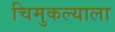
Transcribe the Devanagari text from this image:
चिमुकल्याला